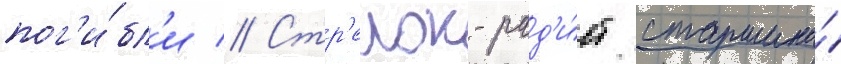
пог'и́бл'и // Стр'елок-рад'и́ст старшина́